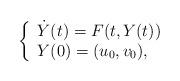
LaTeX: \begin{align*}\left\{\begin{array}{ll}\dot Y(t)=F(t,Y(t))\\Y(0)=(u_0,v_0),\end{array}\right.\end{align*}